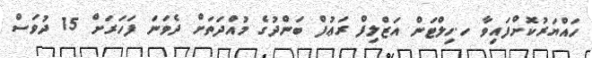
ހައްޔަރުކޮށްފައިވާ ހ.ހިލްޓަން އަޒްލިފް ރަޢުފް ބަންދުގެ މުއްދަތަށް ދެވަނަ ފަހަރަށް 15 ދުވަސް